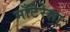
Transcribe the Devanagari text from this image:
माँटेरेला